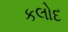
કલોદ